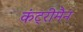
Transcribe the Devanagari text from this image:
कंट्रीमैन